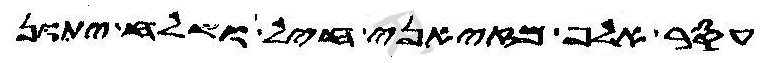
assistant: עסר אלף מזיאני חיל ושלח יתון